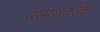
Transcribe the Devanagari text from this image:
परमेश्वरके